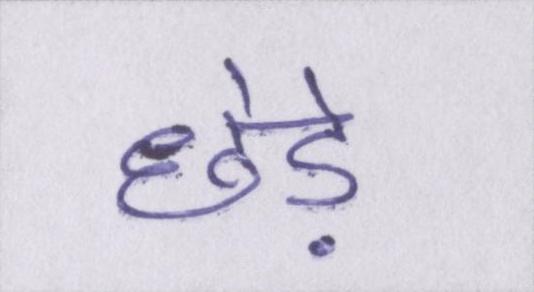
छेड़े